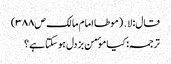
قال: لا․ (موطا امام مالک ص۳۸۸)
ترجمہ:کیا موٴمن بزدل ہوسکتا ہے؟